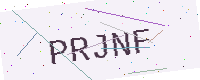
Text: PRJNF